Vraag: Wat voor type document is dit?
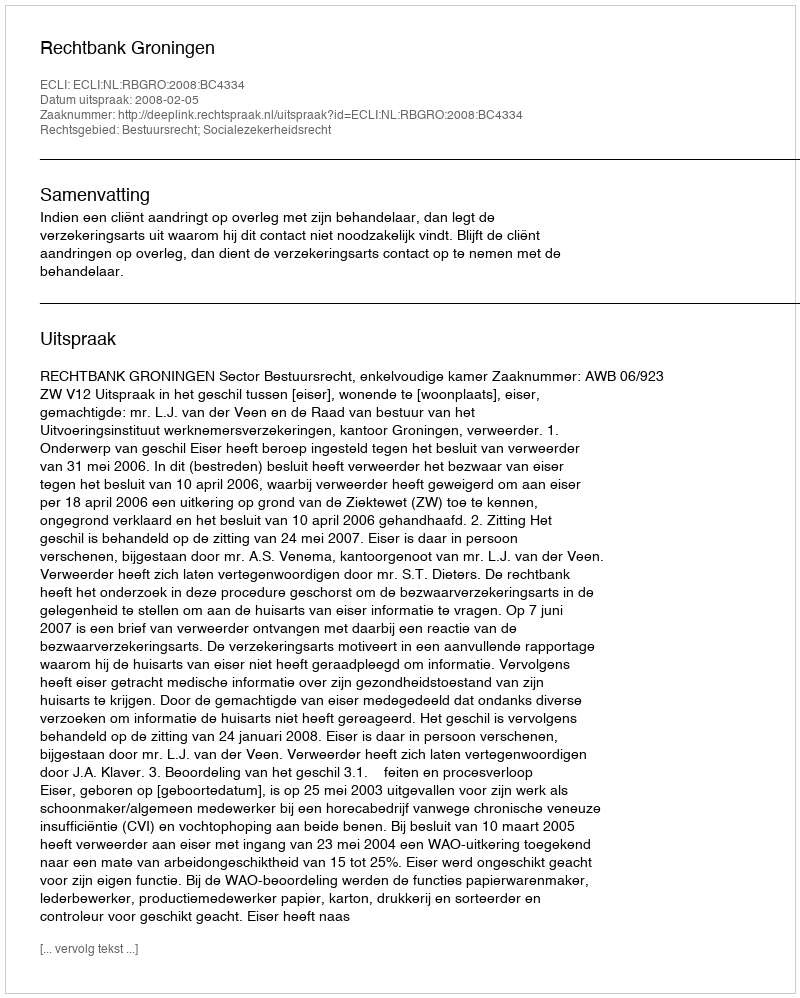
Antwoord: Uitspraak